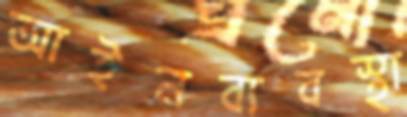
আইনব্যবস্থা